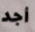
أجد